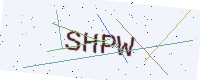
Text: SHPW